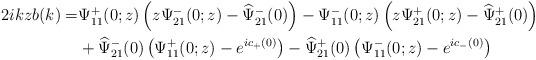
LaTeX: \begin{align*}\begin{aligned}2 i k z b(k)=& \Psi^+_{11}(0 ; z)\left(z \Psi^-_{21}(0;z)-\widehat{\Psi}^-_{21}(0)\right)-\Psi^-_{11}(0;z)\left(z \Psi^+_{21}(0; z)-\widehat{\Psi}^+_{21}(0)\right) \\&+\widehat{\Psi}^-_{21}(0)\left(\Psi^+_{11}(0;z)-e^{ic_+(0)}\right)-\widehat{\Psi}^+_{21}(0)\left(\Psi^-_{11}(0;z)-e^{ic_-(0)}\right)\end{aligned}\end{align*}